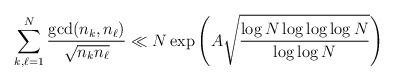
\begin{align*}\sum_{k,\ell=1}^N\frac{\gcd(n_k,n_{\ell})}{\sqrt{n_kn_{\ell}}} \ll N \exp\left(A\sqrt{\frac{\log N \log\log\log N}{\log\log N}}\right)\end{align*}